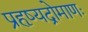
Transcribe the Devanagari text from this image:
प्रहृष्यद्रोमाणः